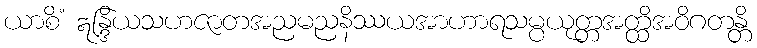
ယာစိံ ဣန္ဒြိယသဟဇာတအညမညနိဿယအာဟာရသမ္ပယုတ္တအတ္ထိအဝိဂတန္တိ